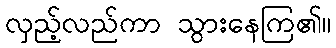
လှည့်လည်ကာ သွားနေကြ၏။